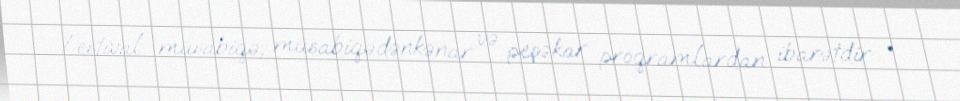
Festival müsabiqə, müsabiqədənkənar və peşəkar proqramlardan ibarətdir: •